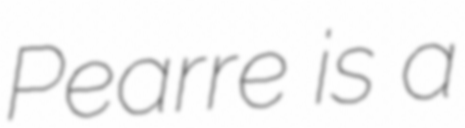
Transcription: Pearre is a